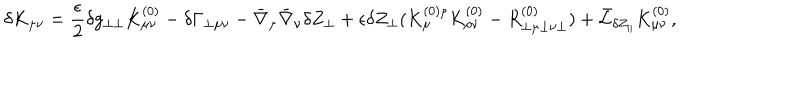
LaTeX: \delta K _ { \mu \nu } = \frac { \epsilon } { 2 } \delta g _ { \perp \perp } K _ { \mu \nu } ^ { ( 0 ) } - \delta \Gamma _ { \perp \mu \nu } - \bar { \nabla } _ { \mu } \bar { \nabla } _ { \nu } \delta Z _ { \perp } + \epsilon \delta Z _ { \perp } ( K _ { \mu } ^ { ( 0 ) \rho } K _ { \rho \nu } ^ { ( 0 ) } - R _ { \perp \mu \perp \nu \perp } ^ { ( 0 ) } ) + \bar { \cal L } _ { \delta Z _ { \parallel } } K _ { \mu \nu } ^ { ( 0 ) } ,